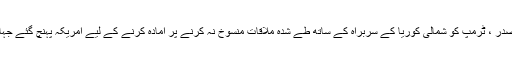
غیرملکی خبررساں ادارے کے مطابق جنوبی کوریا کے صدر ، ٹرمپ کو شمالی کوریا کے سربراہ کے ساتھ طے شدہ ملاقات منسوخ نہ کرنے پر آمادہ کرنے کے لیے امریکہ پہنچ گئے جہاں وائٹ ہائوس میں ٹرمپ سے دوگھنٹے تک ملاقات کی ۔